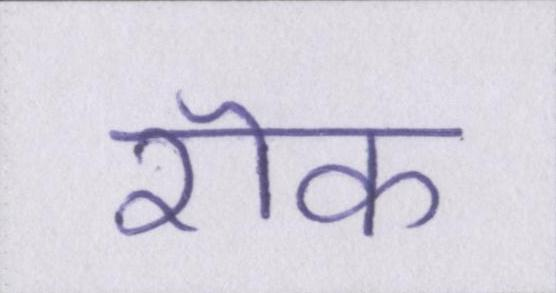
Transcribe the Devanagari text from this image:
रॊक